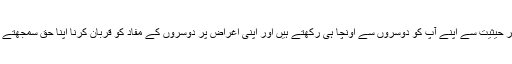
یہ ہر حیثیت سے اپنے آپ کو دوسروں سے اونچا ہی رکھتے ہیں اور اپنی اغراض پر دوسروں کے مفاد کو قربان کرنا اپنا حق سمجھتے ہیں۔